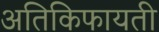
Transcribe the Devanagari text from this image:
अतिकिफायती